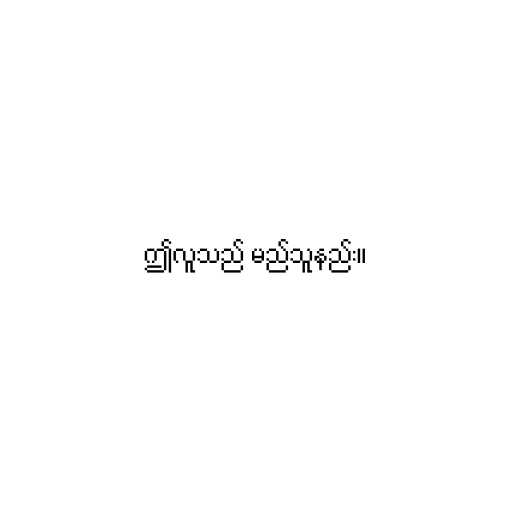
ဤလူသည် မည်သူနည်း။